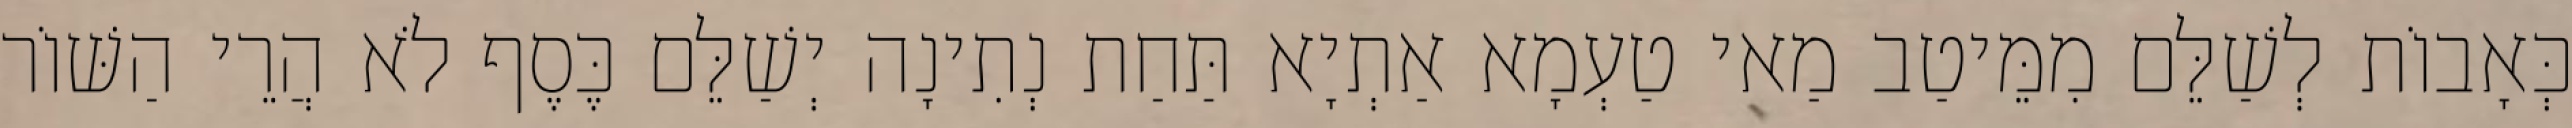
כְּאָבוֹת לְשַׁלֵּם מִמֵּיטַב מַאי טַעְמָא אַתְיָא תַּחַת נְתִינָה יְשַׁלֵּם כֶּסֶף לֹא הֲרֵי הַשּׁוֹר